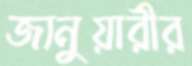
জানুয়ারীর